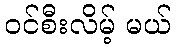
ဝင်စီးလိမ့် မယ်